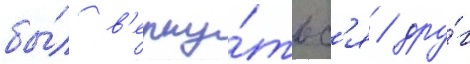
бы́л в'ерну́тьс'я / дру́г